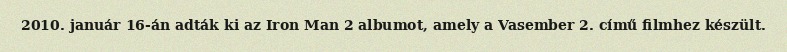
2010. január 16-án adták ki az Iron Man 2 albumot, amely a Vasember 2. című filmhez készült.